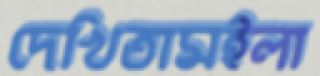
দেখিতামইলা